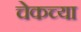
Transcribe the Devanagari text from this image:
चेकच्या